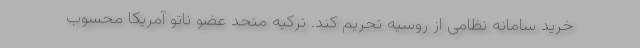
خرید سامانه نظامی از روسیه تحریم کند. ترکیه متحد عضو ناتو آمریکا محسوب